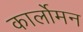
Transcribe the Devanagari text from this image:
कार्लोमन